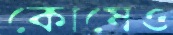
কোষেও